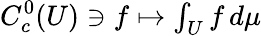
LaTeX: C_{c}^{0}(U)\ni f\mapsto\textstyle\int_{U}f\, d\mu